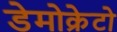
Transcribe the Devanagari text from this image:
डेमोक्रेटो